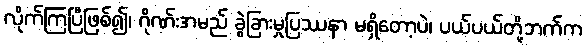
လိုက်ကြပြီဖြစ်၍၊ ဂိုဏ်းအမည် ခွဲခြားမှုပြဿနာ မရှိတော့ပဲ၊ ပယ်ပယ်တို့ဘက်က